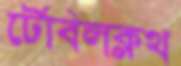
টেবিলক্লথ